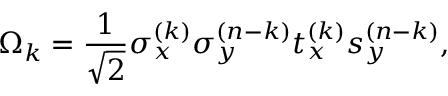
\Omega _ { k } = { \frac { 1 } { \sqrt { 2 } } } \sigma _ { x } ^ { ( k ) } \sigma _ { y } ^ { ( n - k ) } t _ { x } ^ { ( k ) } s _ { y } ^ { ( n - k ) } ,